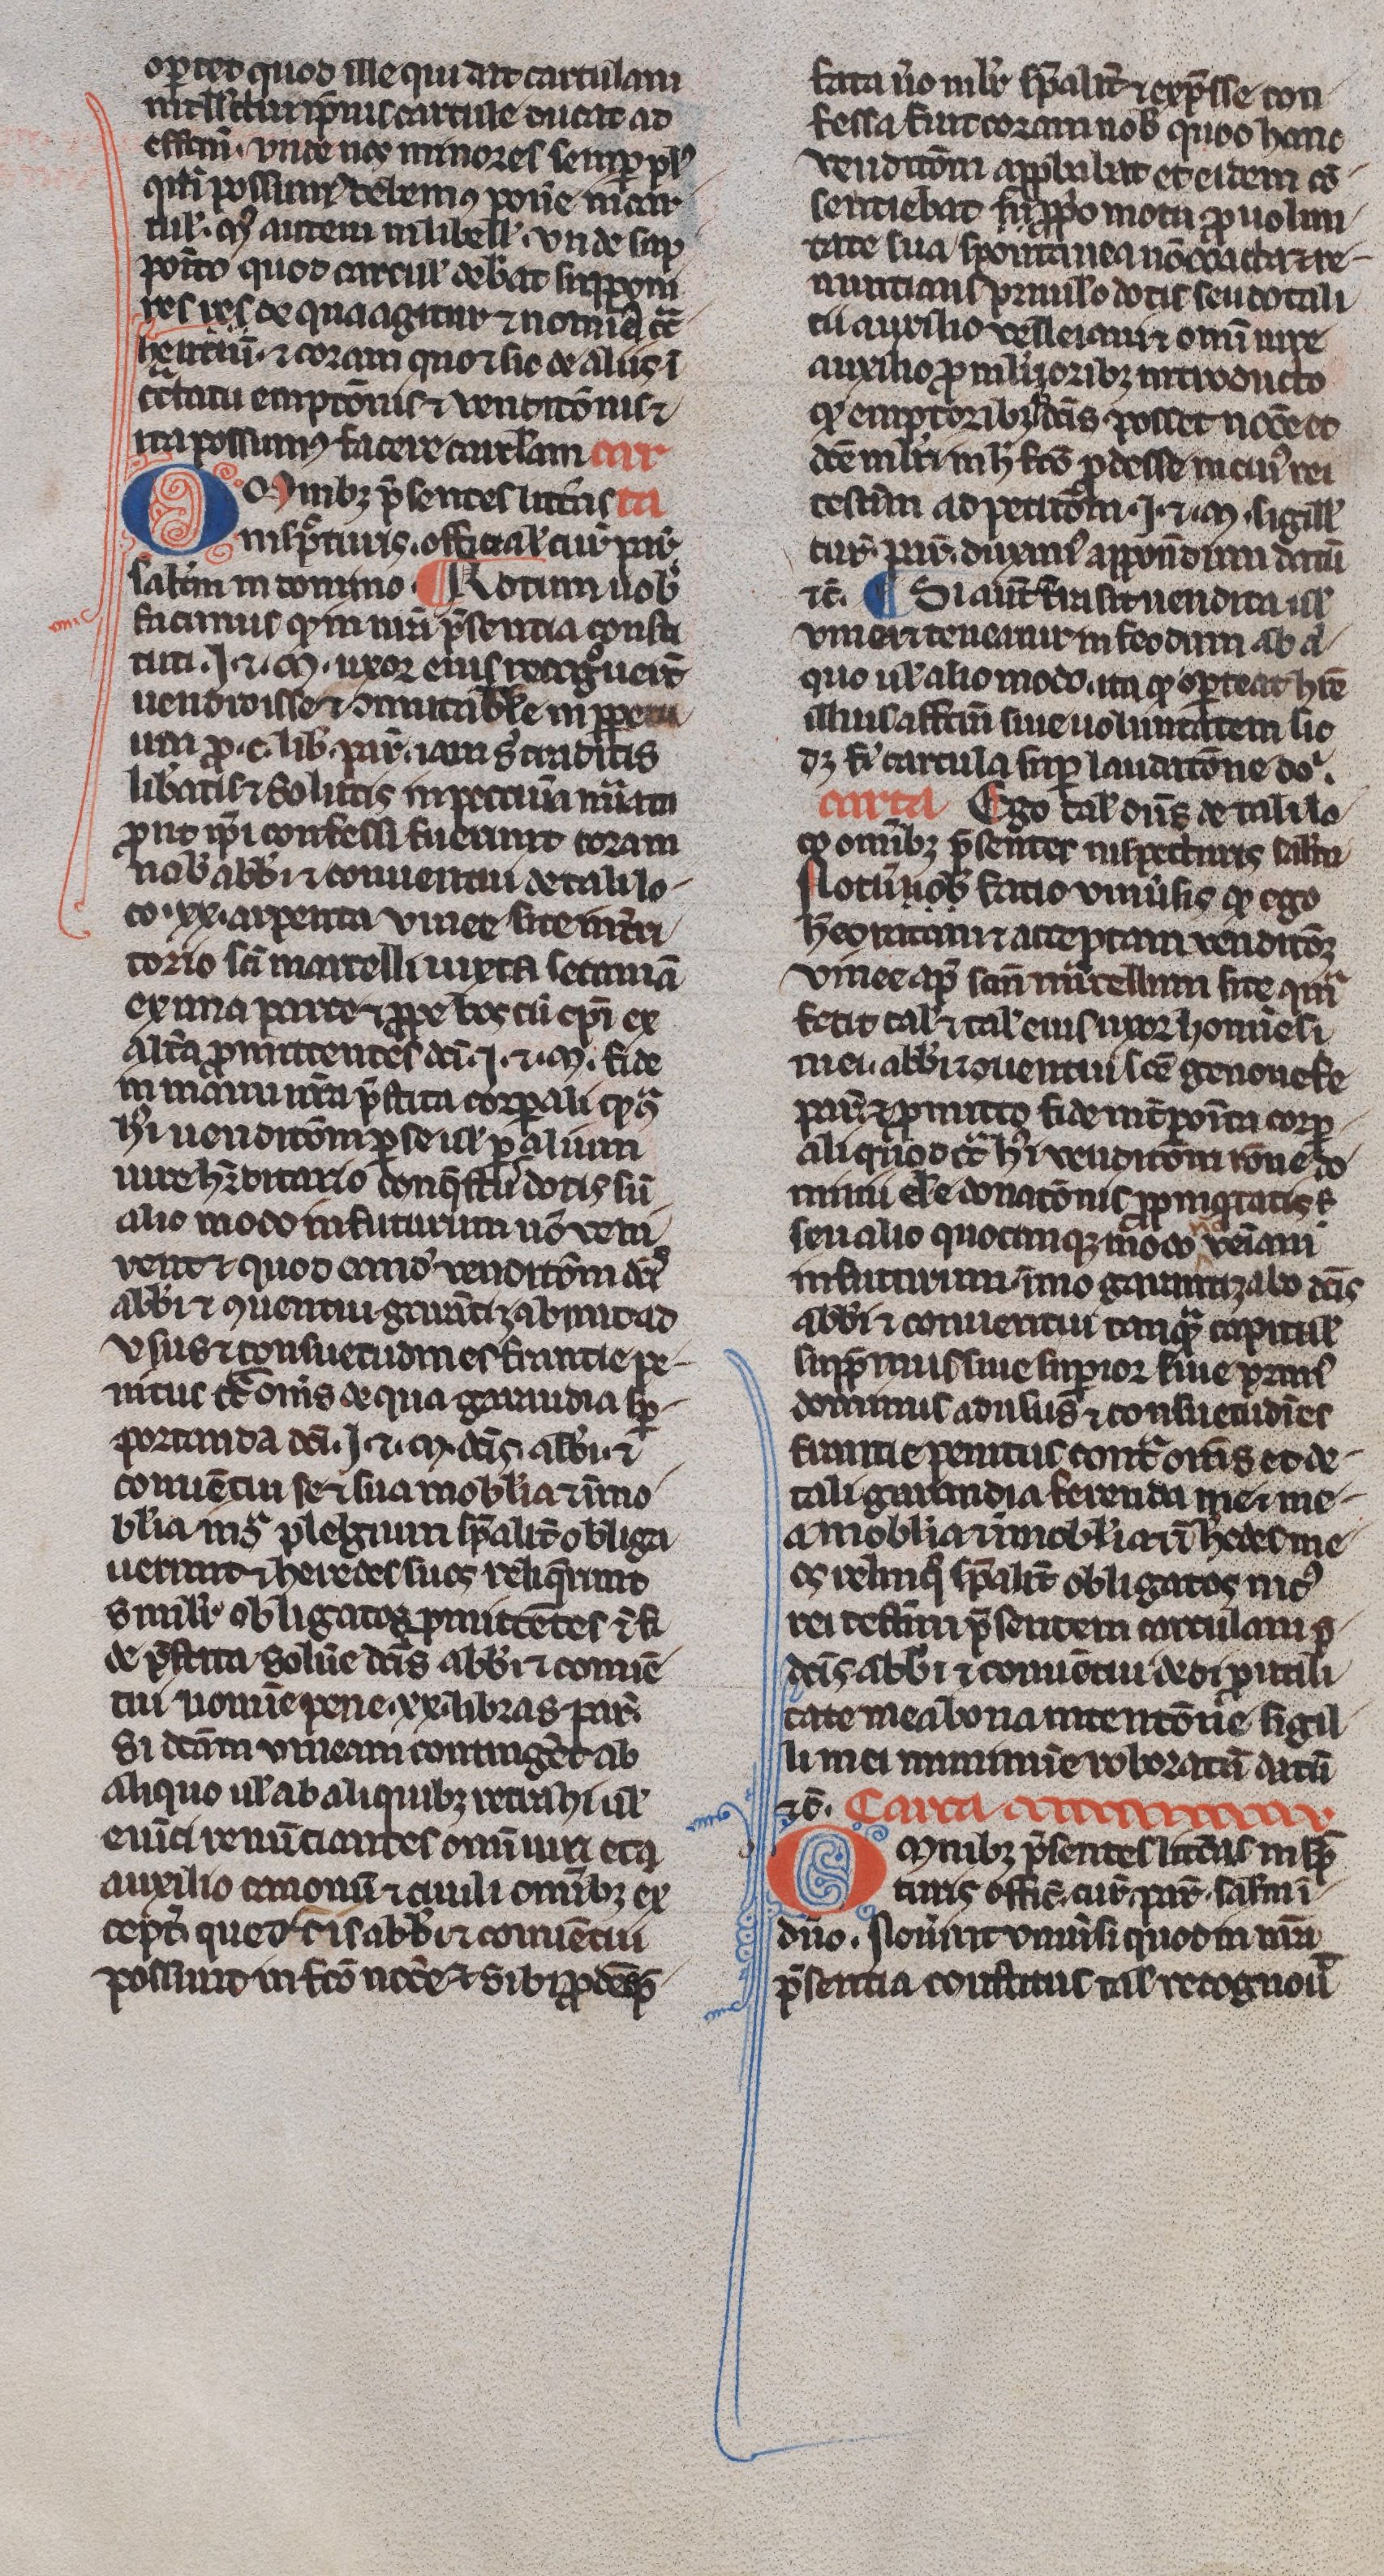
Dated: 1300–1330